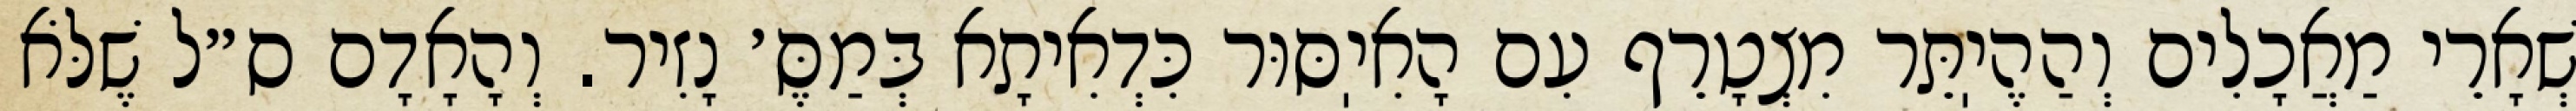
שְׁאָרֵי מַאֲכָלִים וְהַהֶיֽתֵּר מִצְטָרֵף עִם הָאִיֽסּוּר כִּדְאִיתָא בְּמַסֶּ׳ נָזִיר. וְהָאָדָם ס״ל שֶׁלֹּא